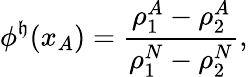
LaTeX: \phi^{\mathfrak{h}}(x_{A})=\frac{{\rho_{1}^{A}-\rho_{2}^{A}}}{{\rho_{1}^{N}-\rho_{2}^{N}}},